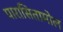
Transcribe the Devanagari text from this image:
पारासितामोल